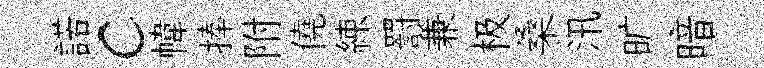
諾c幃捧附僥練罸兼极桑汛旷暗